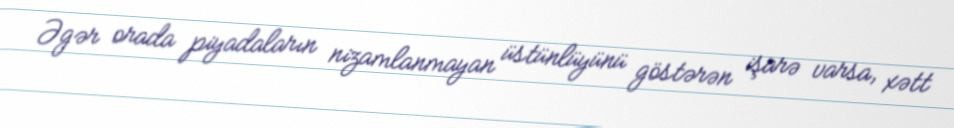
Əgər orada piyadaların nizamlanmayan üstünlüyünü göstərən işarə varsa, xətt